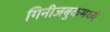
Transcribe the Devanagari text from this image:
गिनीजबुकमध्ये